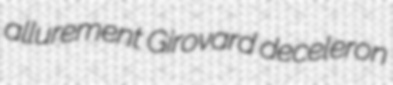
allurement Girovard deceleron